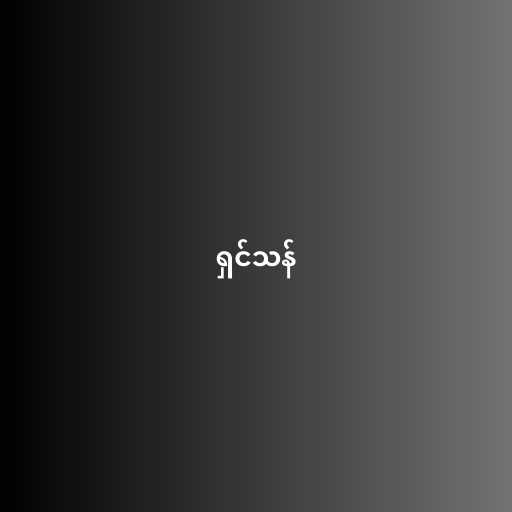
ရှင်သန်